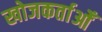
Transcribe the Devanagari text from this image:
खोजकर्ताओँ